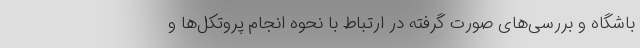
باشگاه و بررسی‌های صورت گرفته در ارتباط با نحوه انجام پروتکل‌ها و